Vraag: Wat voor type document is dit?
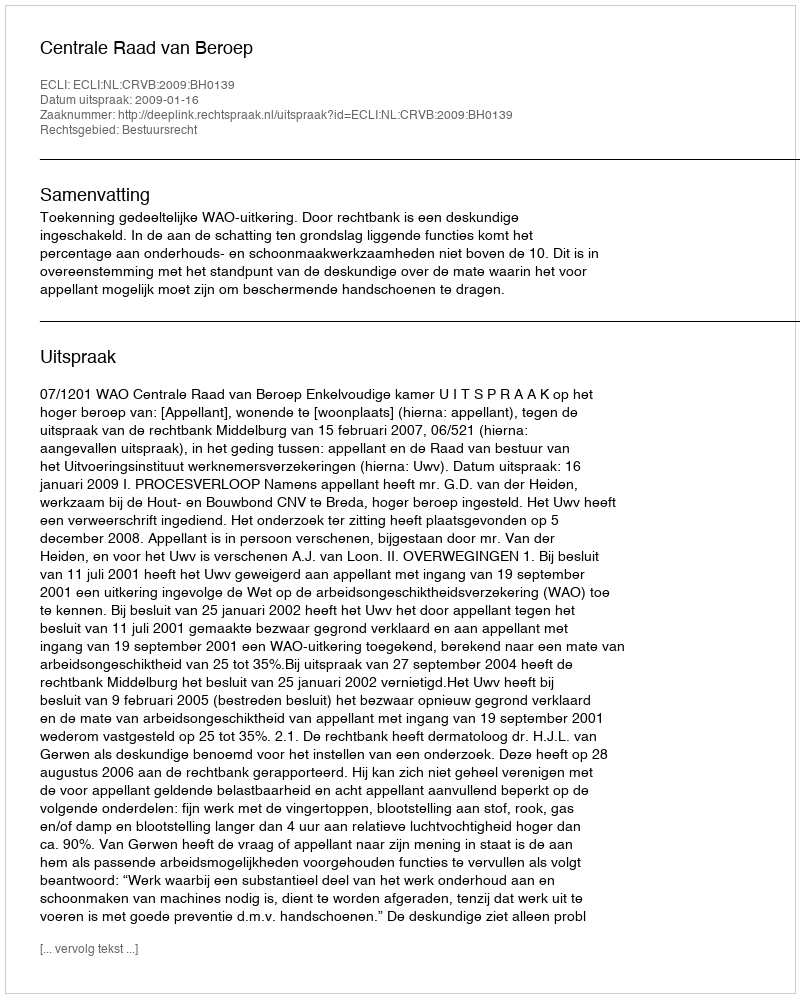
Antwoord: Uitspraak